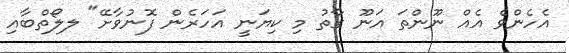
އެހެންވެ އެއް ނޫންތަ އަނޫ ގާތު މި ކިޔަނީ އަހަރެން ފޮނުވާށޭ" ލލޯތްބާއި